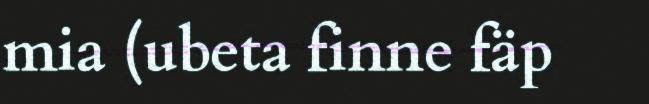
mia (ubeta finne fäp